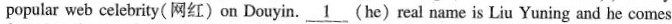
popular web celebrity(网红)on Douyin.\underline{1}(he)real name is Liu Yuning and he comes